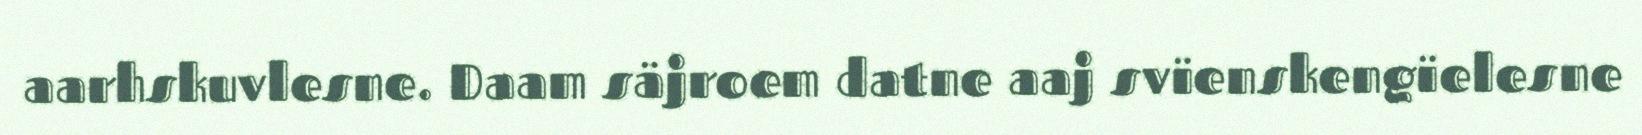
aarhskuvlesne. Daam säjroem datne aaj svïenskengïelesne